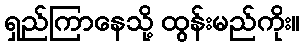
ရှည်ကြာနေသို့ ထွန်းမည်ကိုး။